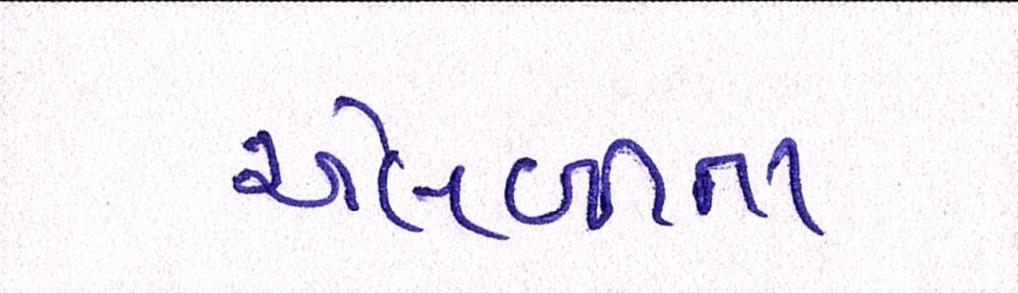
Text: એલબીના